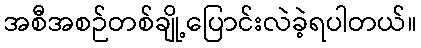
အစီအစဉ်တစ်ချို့ပြောင်းလဲခဲ့ရပါတယ်။